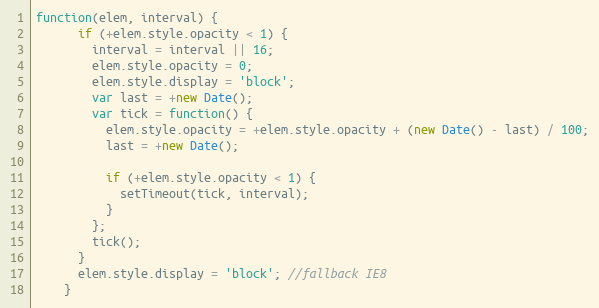
Language: JavaScript
function(elem, interval) {
      if (+elem.style.opacity < 1) {
        interval = interval || 16;
        elem.style.opacity = 0;
        elem.style.display = 'block';
        var last = +new Date();
        var tick = function() {
          elem.style.opacity = +elem.style.opacity + (new Date() - last) / 100;
          last = +new Date();

          if (+elem.style.opacity < 1) {
            setTimeout(tick, interval);
          }
        };
        tick();
      }
      elem.style.display = 'block'; //fallback IE8
    }